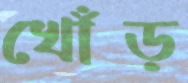
খোঁড়